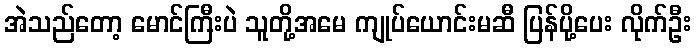
အဲသည်တော့ မောင်ကြီးပဲ သူတို့အမေ ကျုပ်ယောင်းမဆီ ပြန်ပို့ပေး လိုက်ဦး